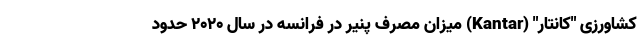
کشاورزی "کانتار" (Kantar) میزان مصرف پنیر در فرانسه در سال 2020 حدود